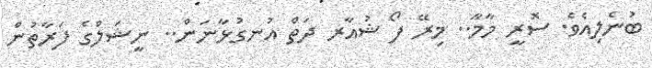
ބުނެލިއެވެ. ސޮރީ މާމާ.. މިރޭ ފޯ ޝުއާރ ދަތް އުނގުޅާނަން.. ނީޝަލްގެ ފަރާތުން